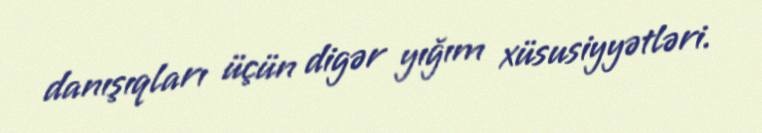
danışıqları üçün digər yığım xüsusiyyətləri.